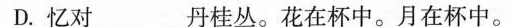
D.忆对___丹桂丛。花在杯中。月在杯中。